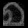
Digit: ၈